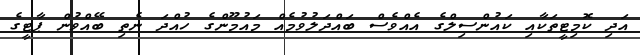
އަދި ކޮމިޓީތަކާއި ކައުންސިލްގެ އެއްވެސް ބައްދަލުވުމެއް މައުމޫންގެ ހުއްދަ ނެތި ބޭއްވުން ޕާޓީގެ